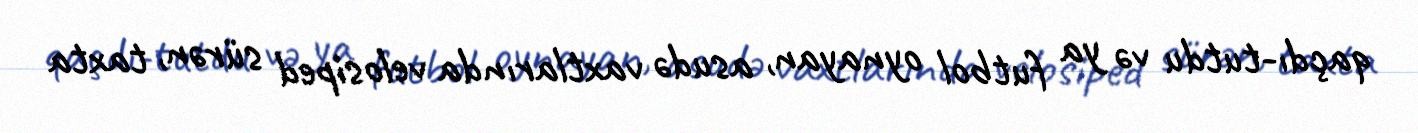
qaçdı-tutdu və ya futbol oynayan, asudə vaxtlarında velosiped sürən, taxta